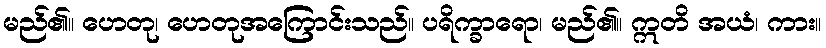
မည်၏။ ဟေတု၊ ဟေတုအကြောင်းသည်။ ပရိက္ခာရော၊ မည်၏။ ဣတိ အယံ၊ ကား။